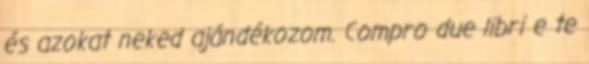
és azokat neked ajándékozom. Compro due libri e te